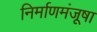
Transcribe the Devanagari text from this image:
निर्माणमंजूषा